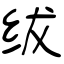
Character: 绂